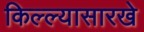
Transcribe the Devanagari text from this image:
किल्ल्यासारखे